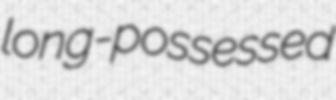
long-possessed